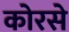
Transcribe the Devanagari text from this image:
कोरसे